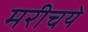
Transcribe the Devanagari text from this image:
मरीचये